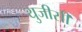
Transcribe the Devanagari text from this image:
युजीसी